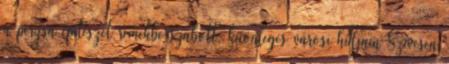
a perzsa építészet remekbe szabott, küönleges városi hídjain Szívesen